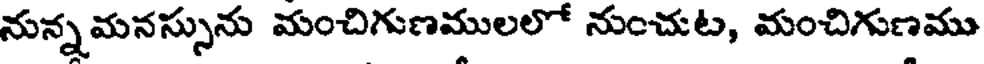
నున్నమనస్సును మంచిగుణములలో నుంచుట, మంచిగుణము